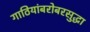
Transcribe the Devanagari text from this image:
गाठियांबरोबरसुद्धा